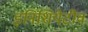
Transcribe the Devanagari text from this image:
इनिशियेटीव